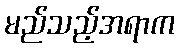
မည်သည့်အရာက